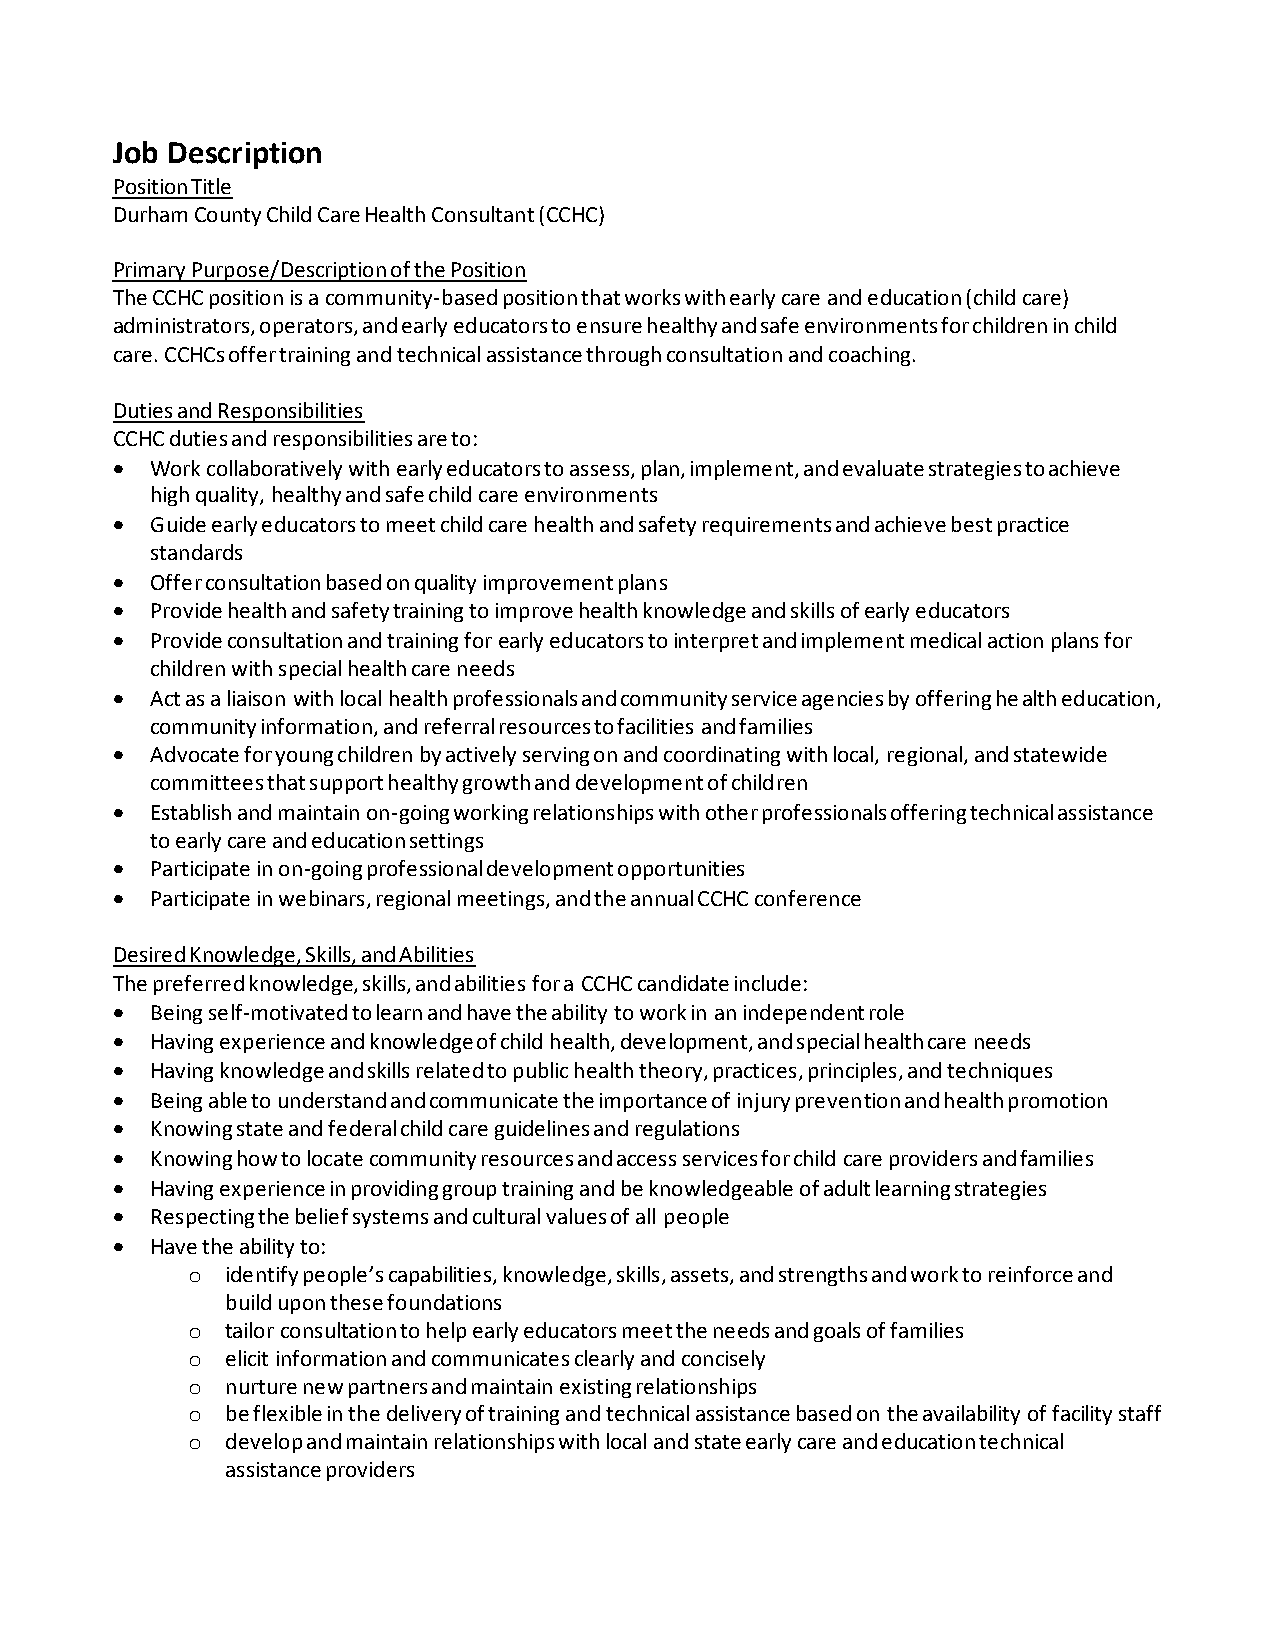
Job Description
 Position Title
 Durham County Child Care Health Consultant (CCHC)
 Primary Purpose/Description of the Position
 The CCHC position is a community-based position that works with early care and education (child care)
 administrators, operators, and early educators to ensure healthy and safe environments for children in child
 care. CCHCs offer training and technical assistance through consultation and coaching.
 Duties and Responsibilities
 CCHC duties and responsibilities are to:
 •  Work collaboratively with early educators to assess, plan, implement, and evaluate strategies to achieve
 high quality, healthy and safe child care environments
 •  Guide early educators to meet child care health and safety requirements and achieve best practice
 standards
 •  Offer consultation based on quality improvement plans
 •  Provide health and safety training to improve health knowledge and skills of early educators
 •  Provide consultation and training for early educators to interpret and implement medical action plans for
 children with special health care needs
 •  Act as a liaison with local health professionals and community service agencies by offering health education,
 community information, and referral resources to facilities and families
 •  Advocate for young children by actively serving on and coordinating with local, regional, and statewide
 committees that support healthy growth and development of children
 •  Establish and maintain on-going working relationships with other professionals offering technical assistance
 to early care and education settings
 •  Participate in on-going professional development opportunities
 •  Participate in webinars, regional meetings, and the annual CCHC conference
 Desired Knowledge, Skills, and Abilities
 The preferred knowledge, skills, and abilities for a CCHC candidate include:
 •  Being self-motivated to learn and have the ability to work in an independent role
 •  Having experience and knowledge of child health, development, and special health care needs
 •  Having knowledge and skills related to public health theory, practices, principles, and techniques
 •  Being able to understand and communicate the importance of injury prevention and health promotion
 •  Knowing state and federal child care guidelines and regulations
 •  Knowing how to locate community resources and access services for child care providers and families
 •  Having experience in providing group training and be knowledgeable of adult learning strategies
 •  Respecting the belief systems and cultural values of all people
 •  Have the ability to:
 o  identify people’s capabilities, knowledge, skills, assets, and strengths and work to reinforce and
 build upon these foundations
 o  tailor consultation to help early educators meet the needs and goals of families
 o  elicit information and communicates clearly and concisely
 o  nurture new partners and maintain existing relationships
 o  be flexible in the delivery of training and technical assistance based on the availability of facility staff
 o  develop and maintain relationships with local and state early care and education technical
 assistance providers